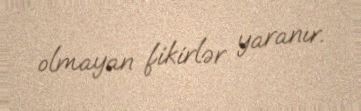
olmayan fikirlər yaranır.